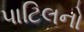
પાટિલનો